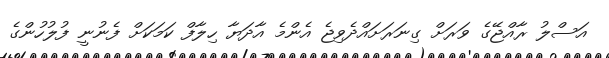
އަސްލު ރާއްޖޭގެ ވަރަށް ގިނަރަށައްދެވިޖެ އެންމެ އާދަޔާ ހިލާފް ކަމަކަށް ފެނުނީ ފުލުހުންގެ